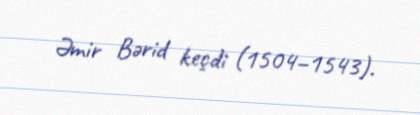
Əmir Bərid keçdi (1504–1543).